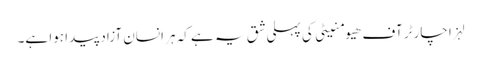
لہزا چارٹر آف ھیومنیٹی کی پہلی شق یہ ہے کہ ہر انسان آزاد پیدا ہوا ہے۔